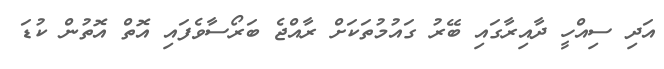
އަދި ސިއްހީ ދާއިރާގައި ބޭރު ގައުމުތަކަށް ރާއްޖެ ބަރޯސާވެފައި އޮތް އޮތުން ކުޑަ